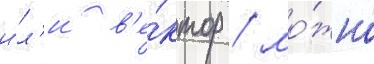
и́л'и в'е́ктор / мо́жно